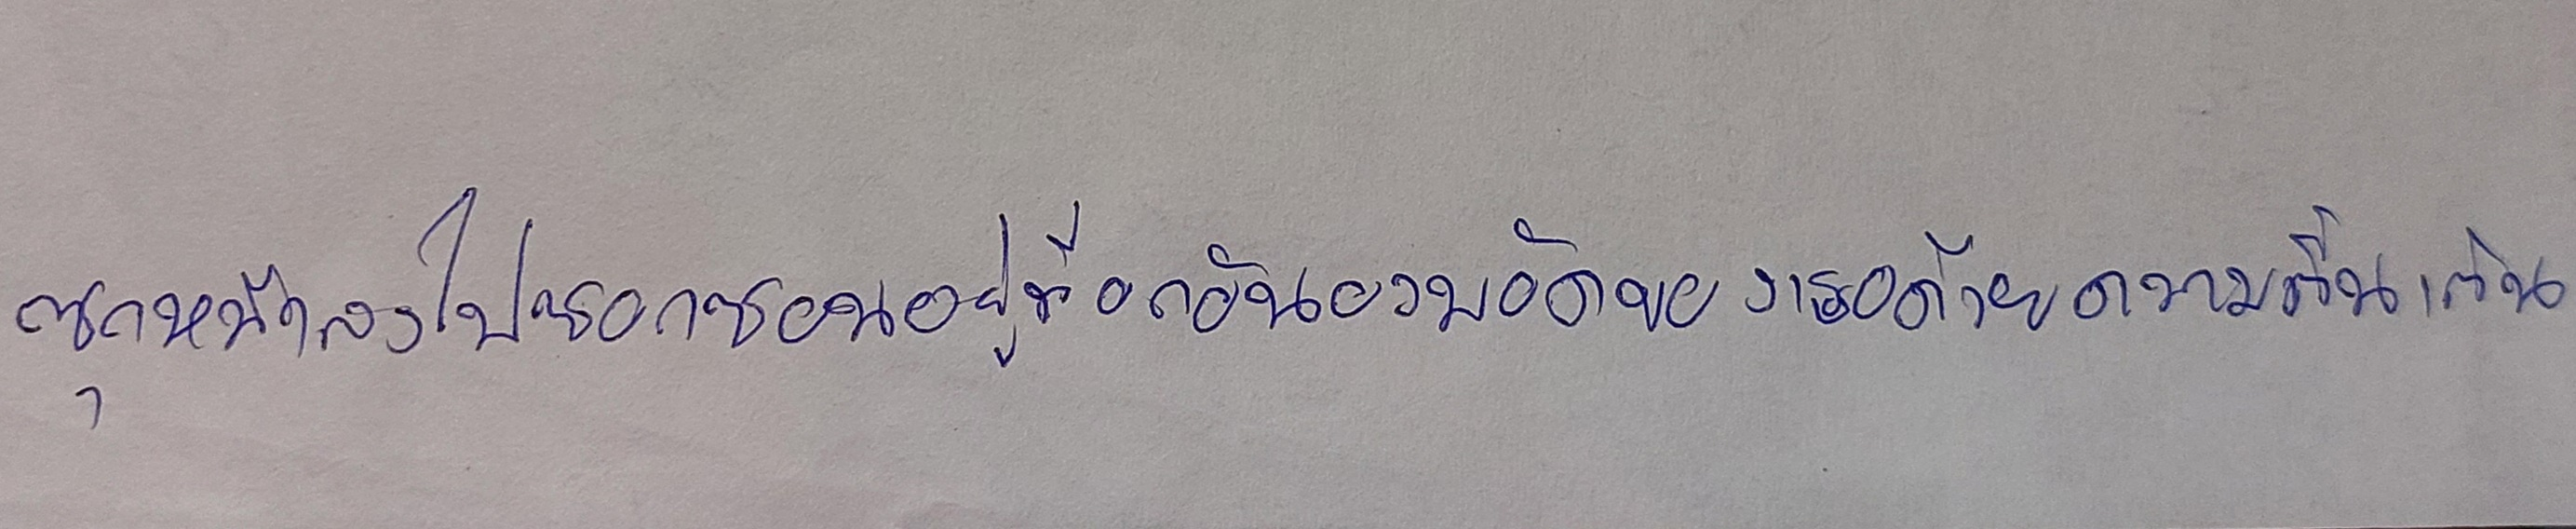
ซุกหน้าลงไปซอกซอนอยู่ที่อกอันอวบอัดของเธอด้วยความตื่นเต้น